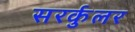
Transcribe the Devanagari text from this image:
सरर्कुलर